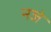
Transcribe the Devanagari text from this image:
नजे